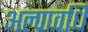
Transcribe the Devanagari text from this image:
अल्‍पावधि